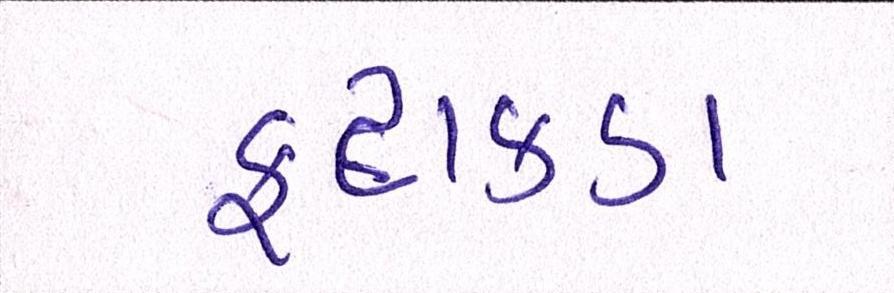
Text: ફટાકડા